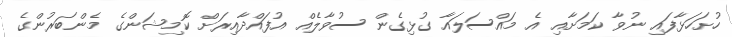
ހުށަހަޅާފައި ނުވާ ކަމަށާއި އެ މައްސަލައާ ގުޅިގެން ސުވާލެއް އުފައްދާއިރަށް ކޮމިޝަންގެ މެންބަރުންގެ